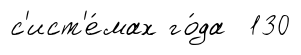
с'ист'е́мах го́да 130